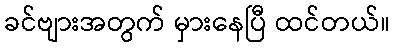
ခင်ဗျားအတွက် မှားနေပြီ ထင်တယ်။